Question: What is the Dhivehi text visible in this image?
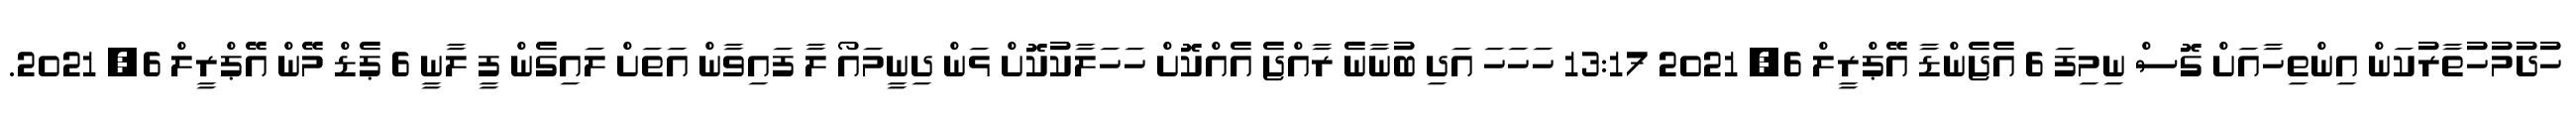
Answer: ހުދުމުހުތާރުކަން އިންތިހާއަށް ގޮސް ނިމިފަ 6 އެޖެންޑާ އޭޕްރީލް 6, 2021 13:17 ހަހަހަ އަދި ބުނާނެ ރާއްޖެ އެއްކޮށް ހަހަލާކުކޮށް ޅަން ދިނީމައޯ ލާ ފައިވާން އަތަށް ލައިގެން ފީ ލާނީ 6 ޕެޑް މޭން އޭޕްރީލް 6, 2021.